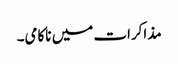
مذاکرات میں ناکامی۔